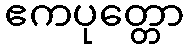
ဧကပုတ္တော